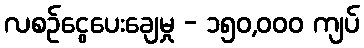
လစဉ်ငွေပေးချေမှု - ၁၅၀,၀၀၀ ကျပ်